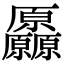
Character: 厵